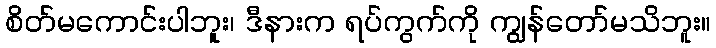
စိတ်မကောင်းပါဘူး၊ ဒီနားက ရပ်ကွက်ကို ကျွန်တော်မသိဘူး။